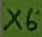
Text: X6